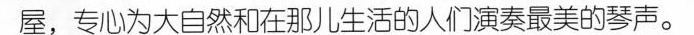
屋，专心为大自然和在那儿生活的人们演奏最美的琴声。